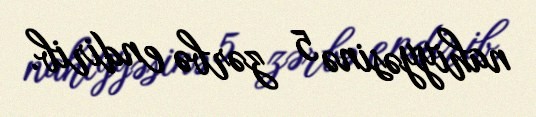
nahiyyəsinə 5 zərbə endirib.